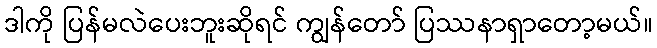
ဒါကို ပြန်မလဲပေးဘူးဆိုရင် ကျွန်တော် ပြဿနာရှာတော့မယ်။